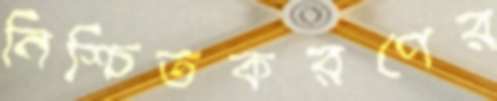
নিশ্চিতকরণের